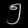
Digit: ၅